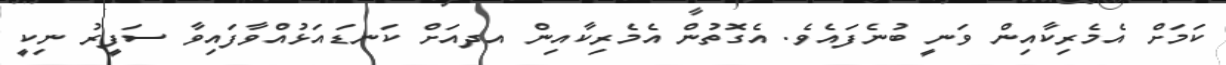
ކަމަށް އެމެރިކާއިން ވަނީ ބުނެފައެވެ. އެގޮތުން އެމެރިކާއިން އދއަށް ކަނޑައަޅުއްވާފައިވާ ސަފީރު ނިކީ